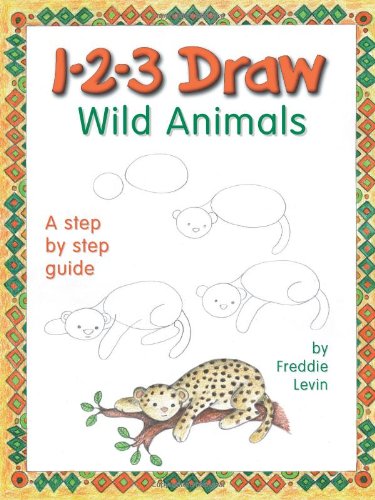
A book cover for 1-2-3 Draw Wild Animals; Freddie Levin; Arts & Photography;